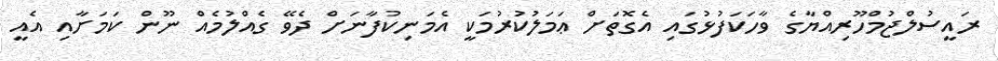
ރައީސުލްޖުމްހޫރިއްޔާގެ ވާހަކަފުޅުގައި އެގޮތަށް ޢަމަލުކުރުމަކީ އެމަނިކުފާނަށް ދެވޭ ގެއްލުމެއް ނޫން ކަމަށާއި އެއީ